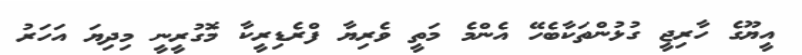
އީޔޫގެ ހާރިޖީ ގުޅުންތަކާބެހޭ އެންމެ މަތީ ވެރިޔާ ފްރެޑިރީކާ މޮގުރީނީ މިދިޔަ އަހަރު